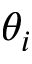
\theta _ { i }